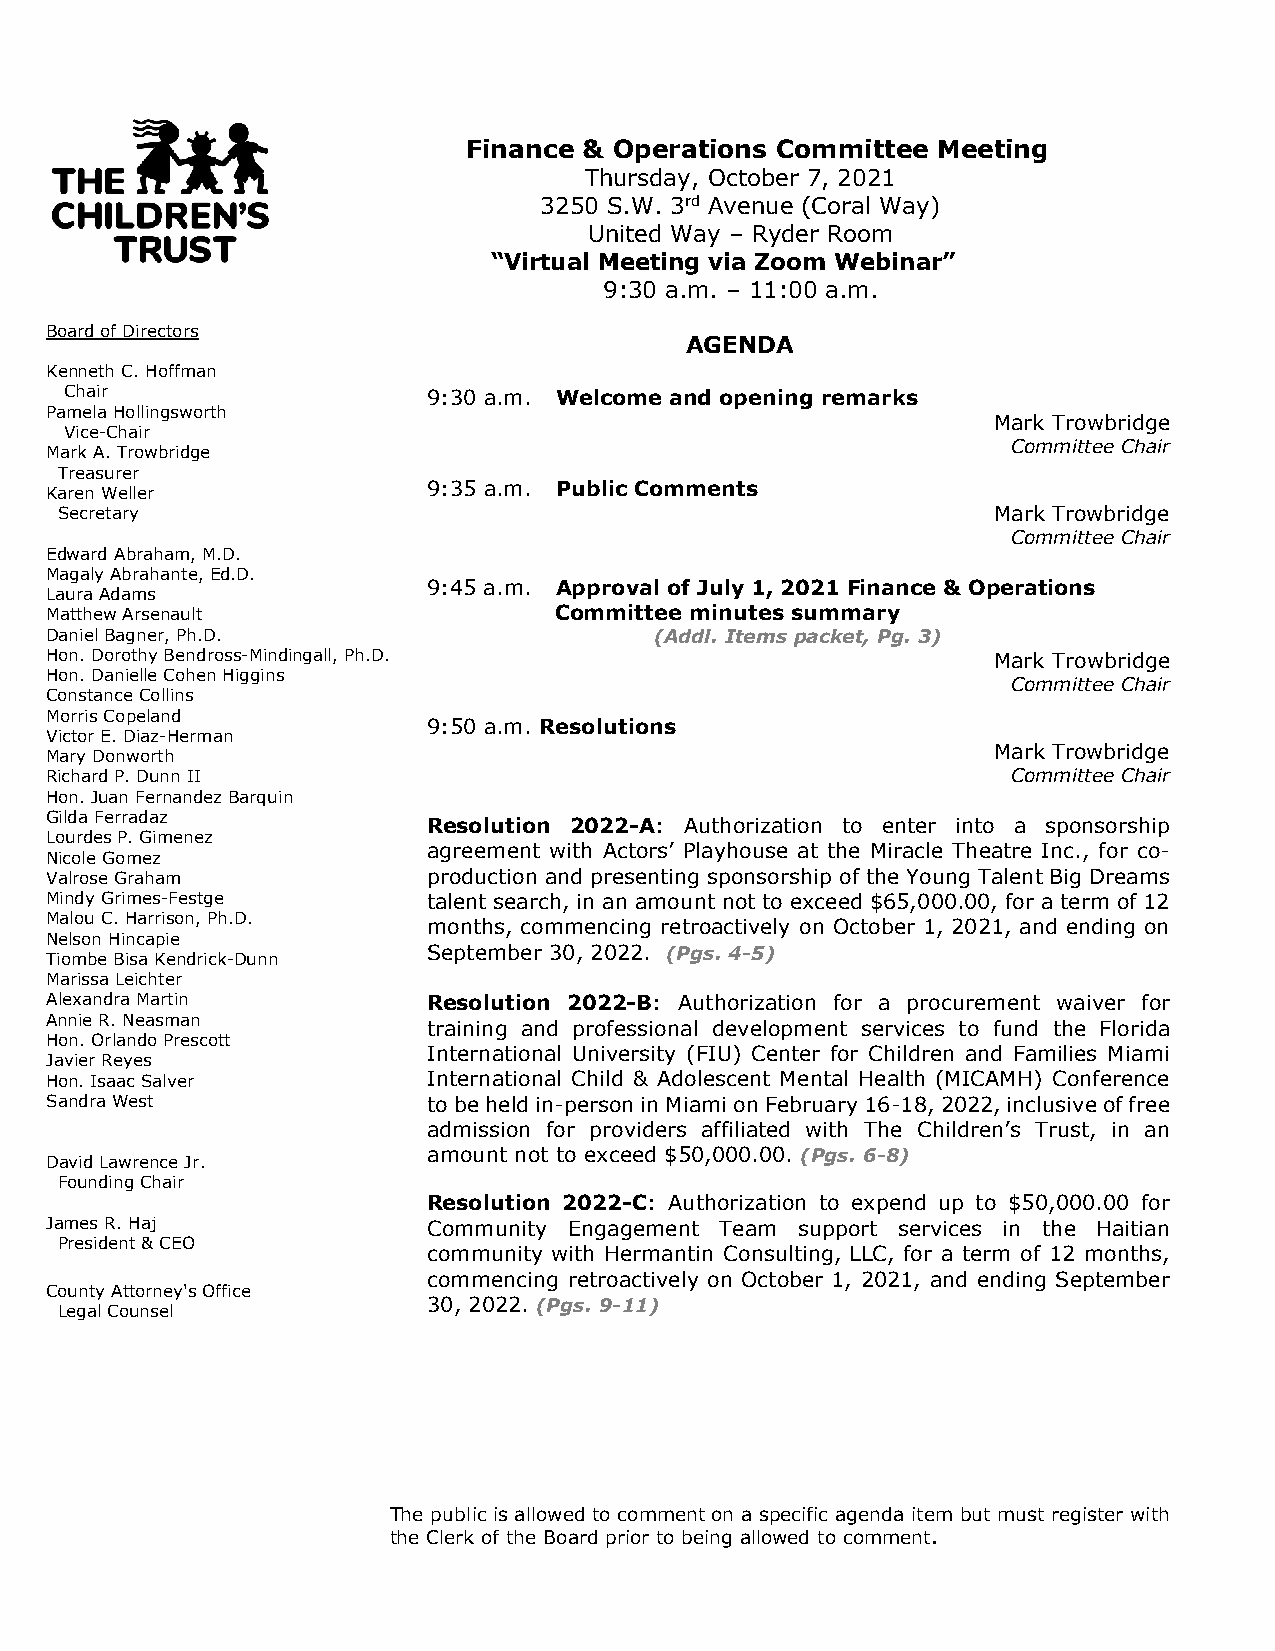
Finance & Operations Committee Meeting
 Thursday, October 7, 2021
 3250 S.W. 3rd Avenue (Coral Way)
 United Way – Ryder Room
 “Virtual Meeting via Zoom Webinar”
 9:30 a.m. – 11:00 a.m.
 Board of Directors
 AGENDA
 Kenneth C. Hoffman
 Chair                   9:30 a.m. Welcome and opening remarks
 Pamela Hollingsworth
 Mark Trowbridge
 Vice-Chair
 Committee Chair
 Mark A. Trowbridge
 Treasurer
 Karen Weller             9:35 a.m. Public Comments
 Secretary                                                     Mark Trowbridge
 Committee Chair
 Edward Abraham, M.D.
 Magaly Abrahante, Ed.D.
 9:45 a.m. Approval of July 1, 2021 Finance & Operations
 Laura Adams
 Matthew Arsenault                 Committee minutes summary
 Daniel Bagner, Ph.D.                    (Addl. Items packet, Pg. 3)
 Hon. Dorothy Bendross-Mindingall, Ph.D.                        Mark Trowbridge
 Hon. Danielle Cohen Higgins
 Committee Chair
 Constance Collins
 Morris Copeland
 9:50 a.m. Resolutions
 Victor E. Diaz-Herman
 Mary Donworth                                                  Mark Trowbridge
 Richard P. Dunn II                                              Committee Chair
 Hon. Juan Fernandez Barquin
 Gilda Ferradaz
 Resolution 2022-A: Authorization to enter into a sponsorship
 Lourdes P. Gimenez
 agreement with Actors’ Playhouse at the Miracle Theatre Inc., for co-
 Nicole Gomez
 Valrose Graham           production and presenting sponsorship of the Young Talent Big Dreams
 Mindy Grimes-Festge      talent search, in an amount not to exceed $65,000.00, for a term of 12
 Malou C. Harrison, Ph.D.
 months, commencing retroactively on October 1, 2021, and ending on
 Nelson Hincapie
 September 30, 2022. (Pgs. 4-5)
 Tiombe Bisa Kendrick-Dunn
 Marissa Leichter
 Alexandra Martin         Resolution 2022-B: Authorization for a procurement waiver for
 Annie R. Neasman
 training and professional development services to fund the Florida
 Hon. Orlando Prescott
 International University (FIU) Center for Children and Families Miami
 Javier Reyes
 Hon. Isaac Salver        International Child & Adolescent Mental Health (MICAMH) Conference
 Sandra West              to be held in-person in Miami on February 16-18, 2022, inclusive of free
 admission for providers affiliated with The Children’s Trust, in an
 amount not to exceed $50,000.00. (Pgs. 6-8)
 David Lawrence Jr.
 Founding Chair
 Resolution 2022-C: Authorization to expend up to $50,000.00 for
 James R. Haj             Community Engagement Team support services in the Haitian
 President & CEO
 community with Hermantin Consulting, LLC, for a term of 12 months,
 commencing retroactively on October 1, 2021, and ending September
 County Attorney's Office
 30, 2022. (Pgs. 9-11)
 Legal Counsel
 The public is allowed to comment on a specific agenda item but must register with
 the Clerk of the Board prior to being allowed to comment.